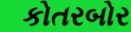
કોતરબોર